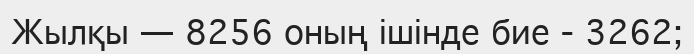
Жылқы — 8256 оның ішінде бие - 3262;